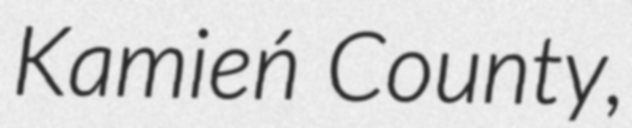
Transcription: Kamień County,